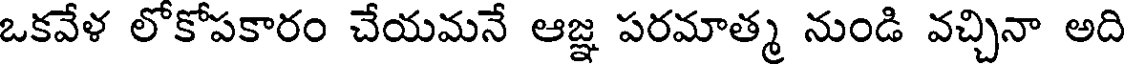
ఒకవేళ లోకోపకారం చేయమనే ఆజ్ఞ పరమాత్మ నుండి వచ్చినా అది